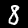
Digit: 8